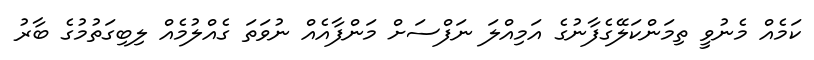
ކަމެއް މެނުވީ ތިމަންކަލޭގެފާނުގެ އަމިއްލަ ނަފްސަށް މަންފާއެއް ނުވަތަ ގެއްލުމެއް ލިބިގަތުމުގެ ބާރު